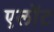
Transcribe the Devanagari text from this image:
एलॉट